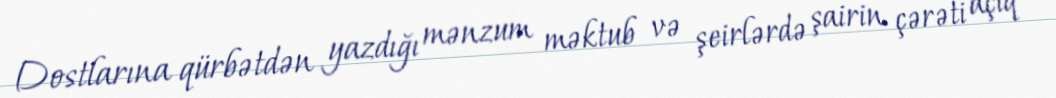
Dostlarına qürbətdən yazdığı mənzum məktub və şeirlərdə şairin çərəti açıq